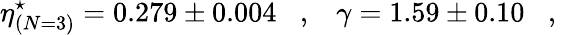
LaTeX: \eta_{(N=3)}^{\star}=0.279\pm 0.004\, \, \, \, \, ,\, \, \, \, \, \gamma=1.59\pm 0.10\, \, \, \, \, ,\, \, \, \, \,